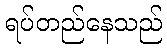
ရပ်တည်နေသည်